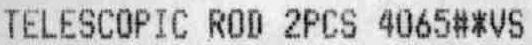
TELESCOPIC ROD 2PCS 4065#*VS